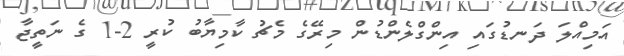
އަމިއްލަ ދަނޑުގައި އިންގްލެންޑުން މިރޭގެ މެޗު ކާމިޔާބު ކުރީ 2-1 ގެ ނަތީޖާ